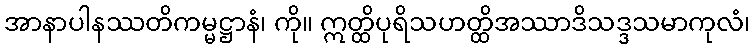
အာနာပါနဿတိကမ္မဋ္ဌာနံ၊ ကို။ ဣတ္ထိပုရိသဟတ္ထိအဿာဒိသဒ္ဒသမာကုလံ၊